Investigations on Bengal jail dietaries - Number 37
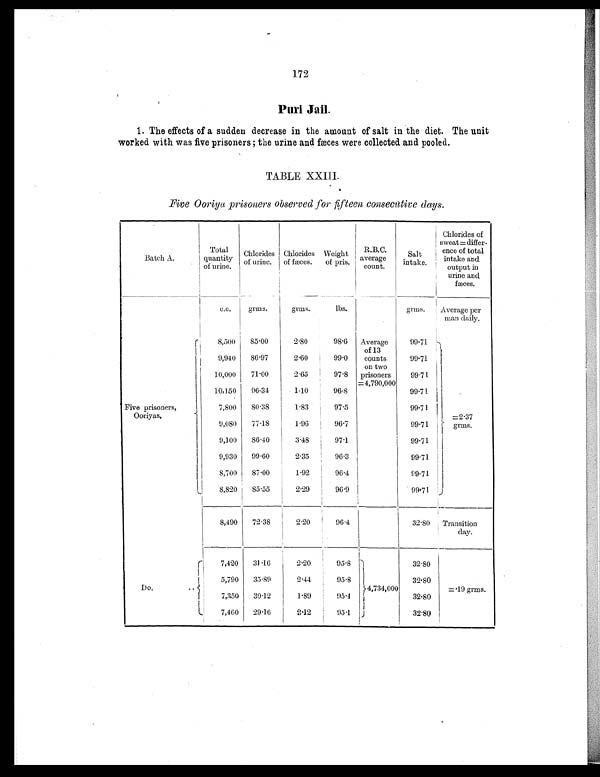
172
Puri Jail.
1. The effects of a sudden decrease in the amount of salt in the diet. The unit
worked with was five prisoners ; the urine and fæces were collected and pooled.
TABLE XXIII.
Five Ooriya prisoners observed for fifteen consecutive days.
Batch A.
Total
quantity
of urine.
Chlorides
of urine.
Chlorides
of fæces.
Weight
of pris.
R.B.C.
average
count.
Salt
intake.
Chlorides of
sweat=differ-
ence of total
intake and
output in
urine and
fæces.
c.c.
grms.
grms.
lbs.
grms.
Average per
man daily.
Five prisoners,
Ooriyas.
8,500
85.00
2.80
98.6
Average
of 13
counts
on two
prisoners
=4,790,000
99.71
=2.37
grms.
9,940
86.97
2.60
99.0
99.71
10,000
71.00
2.65
97.8
99.71
10,150
06.34
1.10
96.8
99.71
7,800
80.38
1.83
97.5
99.71
9,080
77.18
1.96
96.7
99.71
9,100
86.40
3.48
97.1
99.71
9,930
99.60
2.35
96.3
99.71
8,700
87.00
1.92
96.4
99.71
8,820
85.55
2.29
96.9
99.71
8,490
72.38
2.20
96.4
32.80
Transition
day.
Do.
..
7,420
31.16
2.20
95.8
4,734,000
32.80
=.19 grms.
5,790
35.89
2.44
95.8
32.80
7,350
30.12
1.89
95.4
32.80
7,460
29.16
2.12
95.1
32.80